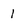
Character: 1